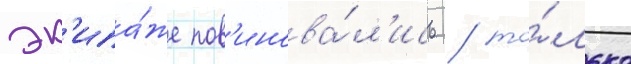
эк'ипа́же пов'инова́л'ись / то́лько